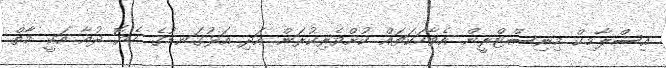
އިސްލާމިކް މިނިސްޓްރީން އެވާހަކަތައް ކުށްވެރިކުރަން އަދި އަޅުގަނޑުގެ ހެޔޮ ދުއާ އަކީ މާތް